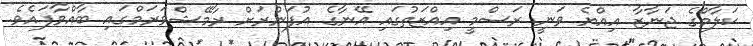
ކަލާމްގެ ޖަނާޒާ އިއްޔެ ވަނީ ރަސްމީ އިއްޒަތުގައި އޭނާގެ އުފަންރަށް ރާމޭޝްވަރަމްގައި ބާއްވާފައެވެ.